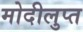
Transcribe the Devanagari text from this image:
मोदीलुप्त